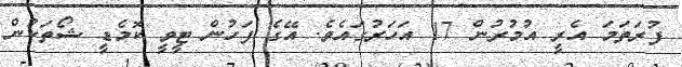
ފުރަތަމަ އެރީ އުމުރުން 17 އަހަރުގައެވެ. އޭގެ ފަހުން ޓީވީ ކޮމެޑީ ޝޯތަކުން